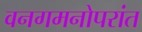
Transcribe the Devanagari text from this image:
वनगमनोपरांत